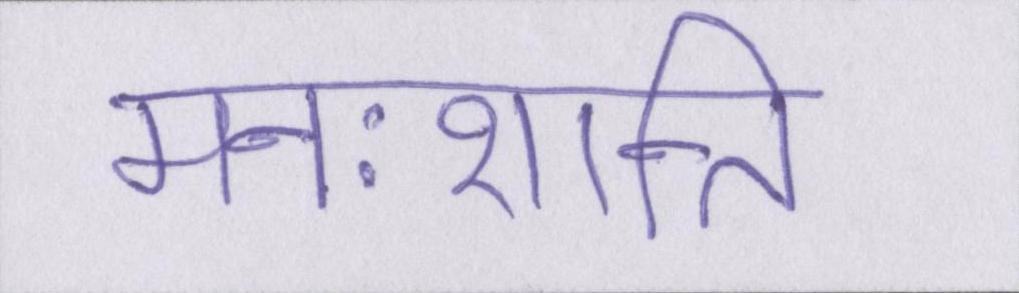
मनःशान्ति